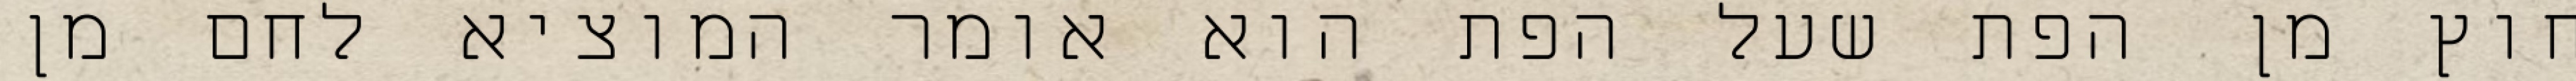
חוץ מן הפת שעל הפת הוא אומר המוציא לחם מן